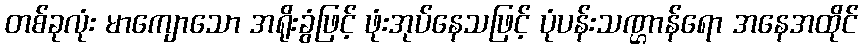
တစ်ခုလုံး မာကျောသော အရိုးခွံဖြင့် ဖုံးအုပ်နေသဖြင့် ပုံပန်းသဏ္ဌာန်ရော အနေအထိုင်